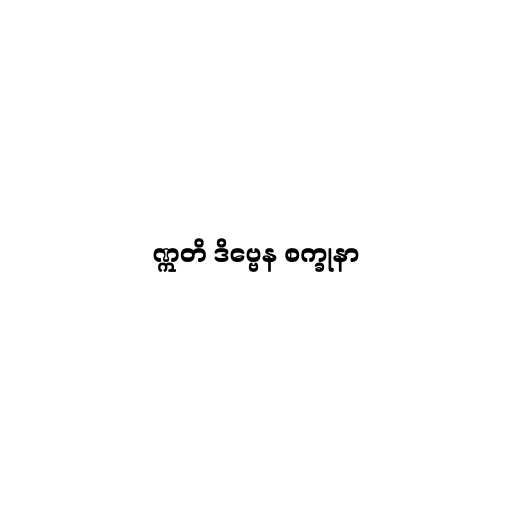
ဣတိ ဒိဗ္ဗေန စက္ခုနာ